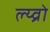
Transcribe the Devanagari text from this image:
ल्य्व्रो